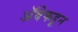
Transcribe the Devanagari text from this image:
अॅबेकडून